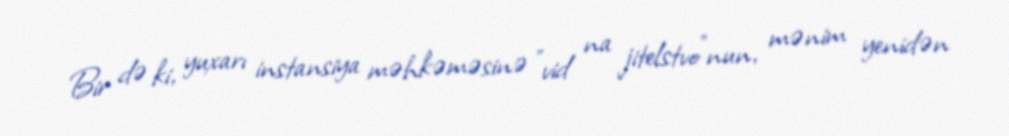
Bir də ki, yuxarı instansiya məhkəməsinə "vid na jitelstvo"nun, mənim yenidən